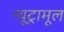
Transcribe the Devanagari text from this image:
न्यूट्रामूल